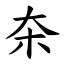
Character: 㚓